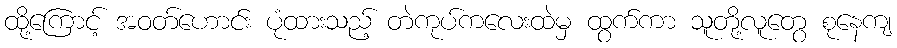
ထို့ကြောင့် အဝတ်ဟောင်း ပုံထားသည့် တဲကုပ်ကလေးထဲမှ ထွက်ကာ သူတို့လူတွေ စုနေကျ